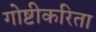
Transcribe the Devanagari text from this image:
गोष्टीकरिता